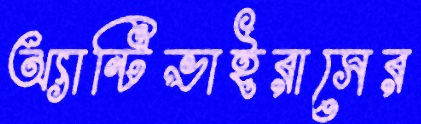
অ্যান্টিভাইরাসের